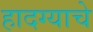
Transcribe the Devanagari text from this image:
हादग्याचे